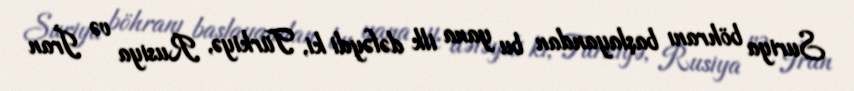
Suriya böhranı başlayandan bu yana ilk dəfəydi ki, Türkiyə, Rusiya və İran